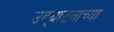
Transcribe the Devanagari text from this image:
उद्घाटनाच्या